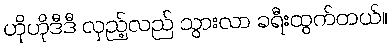
ဟိုဟိုဒီဒီ လှည့်လည် သွားလာ ခရီးထွက်တယ်။